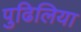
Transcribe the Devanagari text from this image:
पुढिलिया